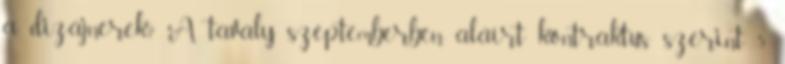
a dizájnerek? A tavaly szeptemberben aláírt kontraktus szerint 5